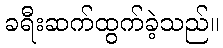
ခရီးဆက်ထွက်ခဲ့သည်။